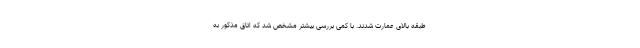
طبقه بالای عمارت شدند. با کمی بررسی بیشتر مشخص شد که اتاق مذکور به